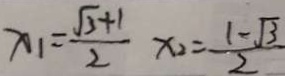
x _ { 1 } = \frac { \sqrt { 3 } + 1 } { 2 } x _ { 2 } = \frac { 1 - \sqrt { 3 } } { 2 }